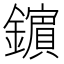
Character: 𨮘